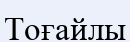
Тоғайлы